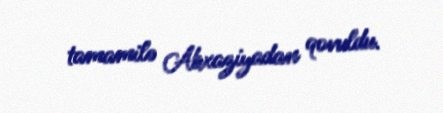
tamamilə Abxaziyadan qovuldu.